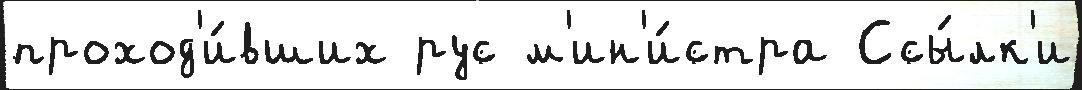
проход'и́вших рус м'ин'и́стра Ссы́лк'и